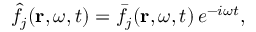
\hat { f } _ { j } ( \mathbf { r } , \omega , t ) = \bar { f } _ { j } ( \mathbf { r } , \omega , t ) \, e ^ { - i \omega t } ,